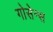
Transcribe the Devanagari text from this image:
गोसेन्स